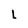
Character: L